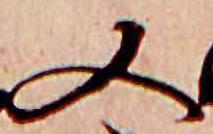
又